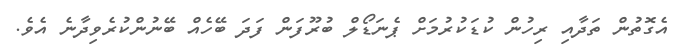
އެގޮތުން ތަދާއި ރިހުން ކުޑަކުރުމަށް ޕެނަޑޯލް ބުރޫފަން ފަދަ ބޭހެއް ބޭނުންކުރެވިދާނެ އެވެ.